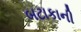
બટાકાની